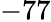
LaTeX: -77